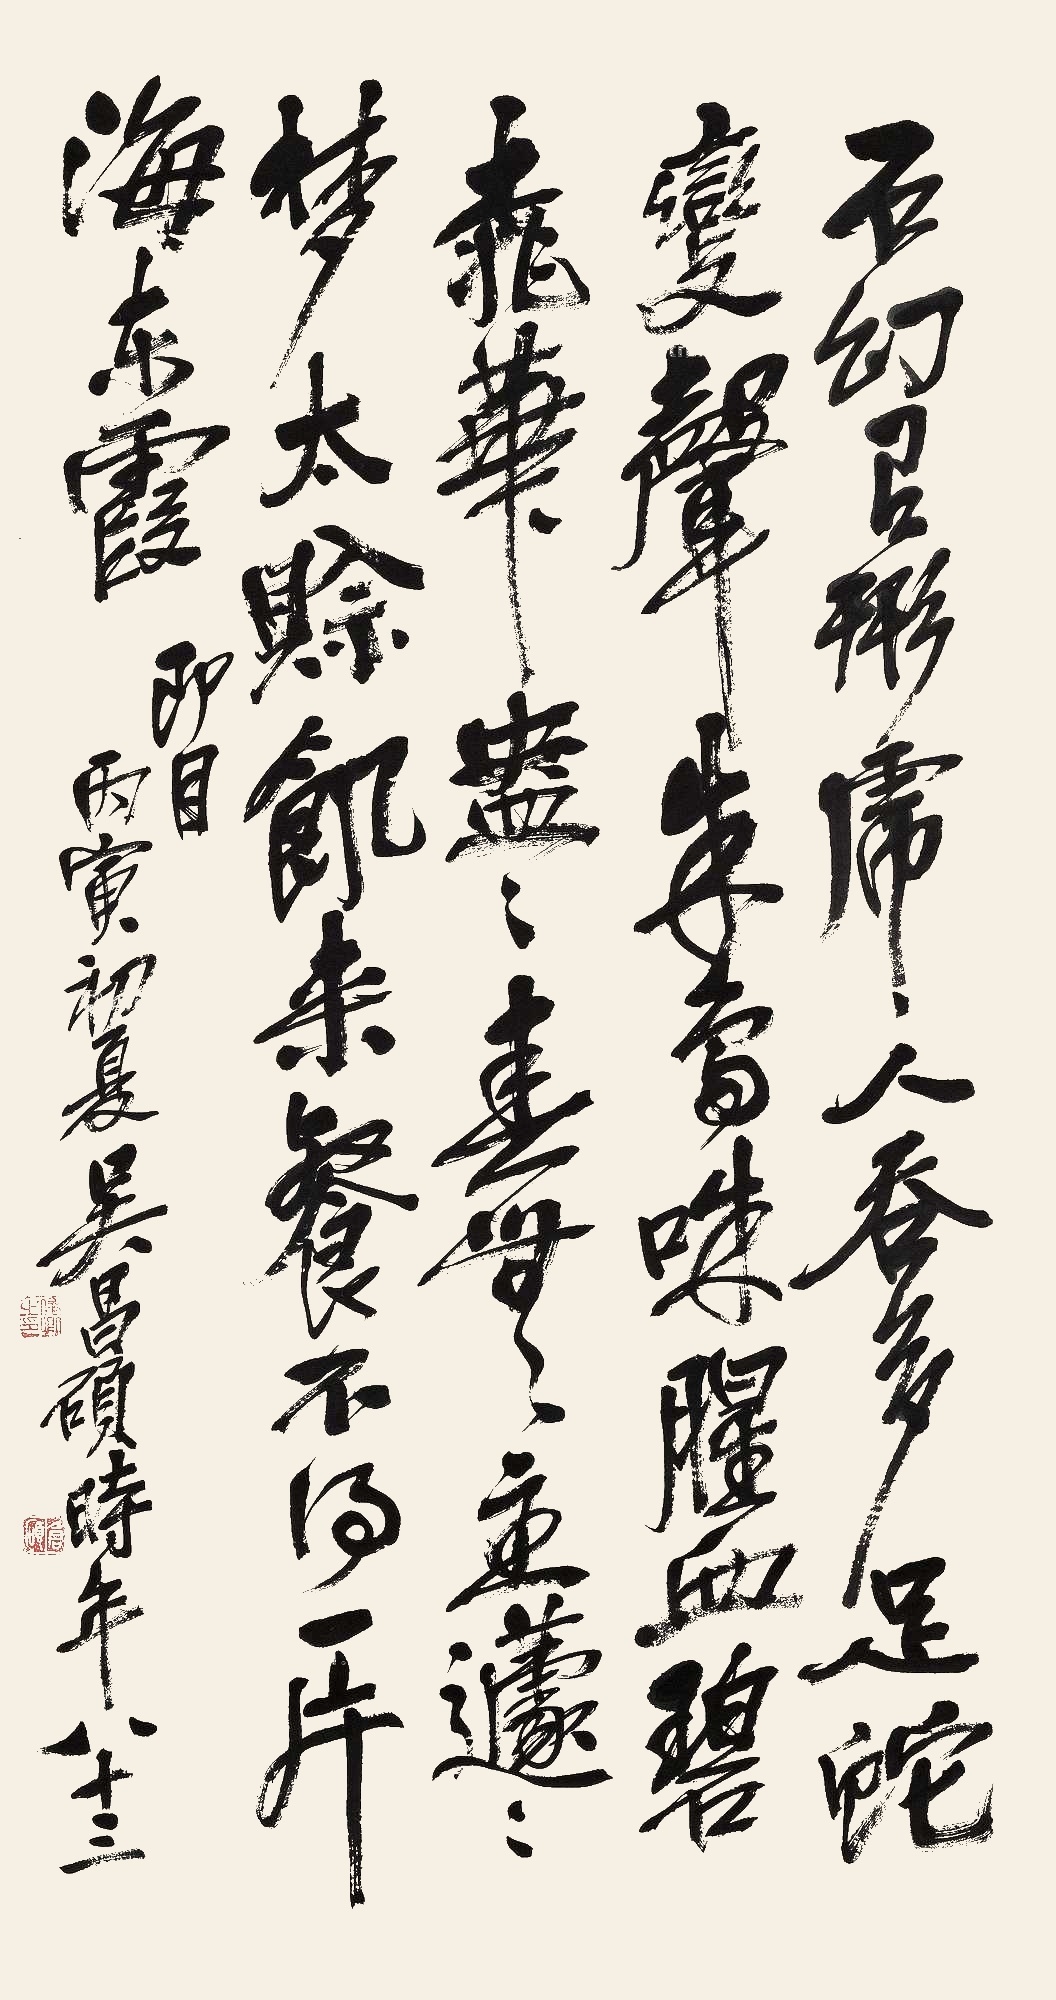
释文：石幻有形虎，人吞多足蛇。变声朱鸟咮，腥血碧桃花。盎盎春无主，蘧蘧梦太赊。饥来餐不得，一片海东霞。丙寅初夏吴昌硕时年八十三。